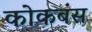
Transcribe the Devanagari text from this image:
कोकबंस